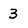
Character: 3